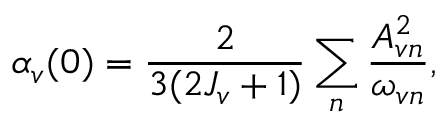
\alpha _ { v } ( 0 ) = \frac { 2 } { 3 ( 2 J _ { v } + 1 ) } \sum _ { n } \frac { A _ { v n } ^ { 2 } } { \omega _ { v n } } ,